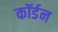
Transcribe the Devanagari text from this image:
कॉर्डन